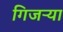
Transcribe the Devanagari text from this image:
गिजऱ्या